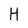
Character: H